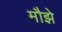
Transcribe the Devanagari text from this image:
मौझे